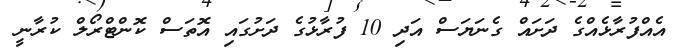
އެއްފުރާޅެއްގެ ދަށައް ގެނަޔަސް އަދި 10 ފުރާޅުގެ ދަށުގައި އޮތަސް ކޮންޓްރޯލް ކުރާނީ